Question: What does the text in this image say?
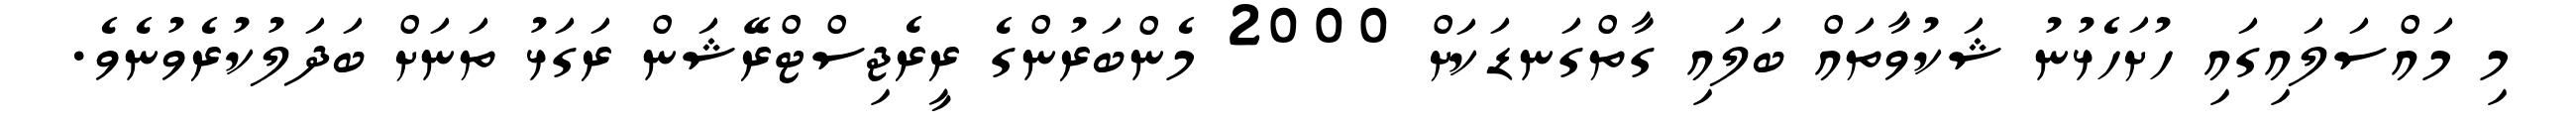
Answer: މި މައްސަލައިގައި ހުށަހެޅުނު ޝަކުވާތައް ބަލައި ގާތްގަނޑަކަށް 2000 މެންބަރުންގެ ރީރެޖިސްޓްރޭޝަން ރަގަޅު ތަނަށް ބަދަލުކުރެވުނެވެ.